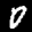
Label: 0